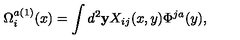
\Omega _ { i } ^ { a ( 1 ) } ( x ) = \int d ^ { 2 } { \bf y } X _ { i j } ( x , y ) \Phi ^ { j a } ( y ) ,